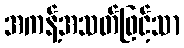
အကန့်အသတ်ဖြင့်သာ